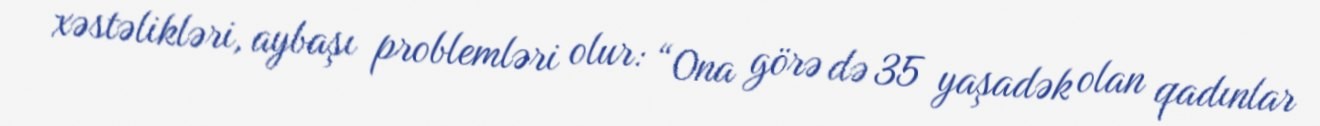
xəstəlikləri, aybaşı problemləri olur: “Ona görə də 35 yaşadək olan qadınlar